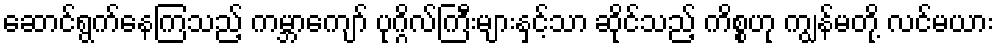
ဆောင်ရွက်နေကြသည့် ကမ္ဘာကျော် ပုဂ္ဂိလ်ကြီးများနှင့်သာ ဆိုင်သည့် ကိစ္စဟု ကျွန်မတို့ လင်မယား